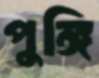
পুঙ্গি